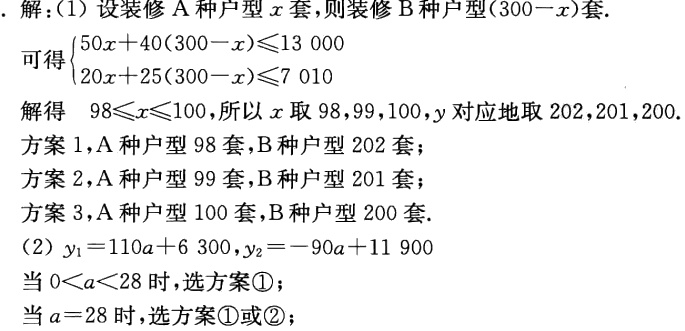
. 解：(1) 设装修\(A\)种户型\(x\)套，则装修\(B\)种户型\((300 - x)\)套.

可得\(\begin{cases}50x + 40(300 - x) \leq 13000\\20x + 25(300 - x) \leq 7010\end{cases}\)

解得 \(98\leq x\leq 100\),所以\(x\)取\(98,99,100\),\(y\)对应地取\(202,201,200\).

方案1，\(A\)种户型\(98\)套，\(B\)种户型\(202\)套；

方案2，\(A\)种户型\(99\)套，\(B\)种户型\(201\)套；

方案3，\(A\)种户型\(100\)套，\(B\)种户型\(200\)套.

(2) \(y_1 = 110a + 6300\),\(y_2 = - 90a + 11900\)

当\(0 < a < 28\)时，选方案\textcircled{1}；

当\(a = 28\)时，选方案\textcircled{1}或\textcircled{2}；